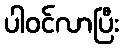
ပါဝင်လာပြီး